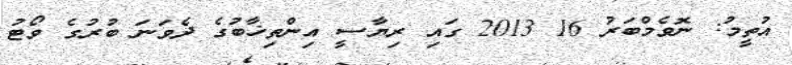
އުތީމު: ނޮވެމްބަރު 16 2013 ގައި ރިޔާސީ އިންތިޚާބުގެ ދެވަނަ ބުރުގެ ވޯޓު